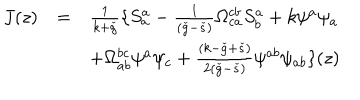
\begin{array} { l l l } { { J ( z ) } } & { { = } } & { { \frac { 1 } { k + \check { g } } \{ S _ { a } ^ { a } - \frac { 1 } { ( \check { g } - \check { s } ) } \Omega _ { c a } ^ { c b } S _ { b } ^ { a } + k \psi ^ { a } \psi _ { a } } } \\ { { } } & { { } } & { { + \Omega _ { a b } ^ { b c } \psi ^ { a } \psi _ { c } + \frac { ( k - \check { g } + \check { s } ) } { 2 ( \check { g } - \check { s } ) } \psi ^ { a b } \psi _ { a b } \} ( z ) } } \\ \end{array}